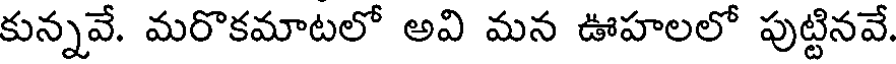
కున్నవే. మరొకమాటలో అవి మన ఊహలలో పుట్టినవే.